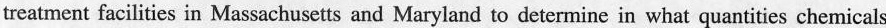
treatment facilities in Massachusetts and Maryland to determine in what quantities chemicals